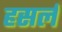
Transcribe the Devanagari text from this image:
हसर्ल